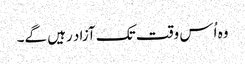
وہ اُس وقت تک آزاد رہیں گے۔